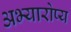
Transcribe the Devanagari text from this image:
अभ्यारोप्य